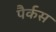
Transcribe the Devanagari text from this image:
पैर्कस